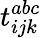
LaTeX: t_{ijk}^{abc}